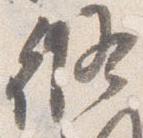
修